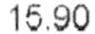
15.90